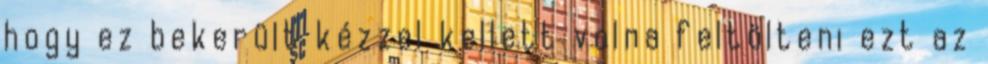
hogy ez bekerült kézzel kellett volna feltölteni ezt az